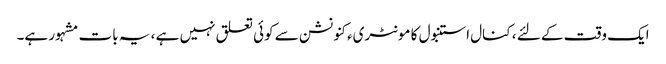
ایک وقت کے لئے ، کنال استنبول کا مونٹریء کنونشن سے کوئی تعلق نہیں ہے ، یہ بات مشہور ہے۔